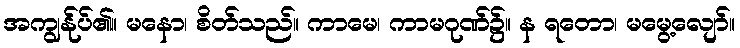
အကျွန်ုပ်၏။ မနော၊ စိတ်သည်။ ကာမေ၊ ကာမဂုဏ်၌။ န ရတော၊ မမွေ့လျော်။